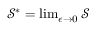
\begin{array} { r } { \mathcal { S } ^ { * } = \operatorname* { l i m } _ { \epsilon \to 0 } \mathcal { S } } \end{array}